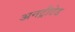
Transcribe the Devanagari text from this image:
अनट्रीटेड